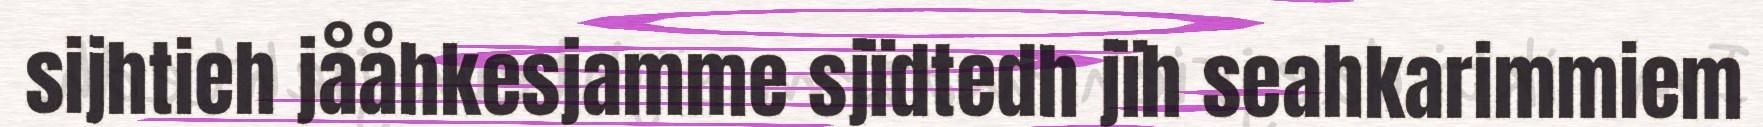
sijhtieh jååhkesjamme sjïdtedh jïh seahkarimmiem